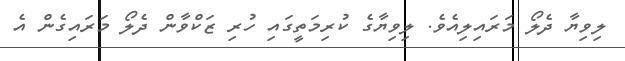
ލިވިޔާ ދެލޯ މަރައިލިއެވެ. ލިވިޔާގެ ކުރިމަތީގައި ހުރި ޒަކްވާން ދެލޯ މަރައިގެން އެ